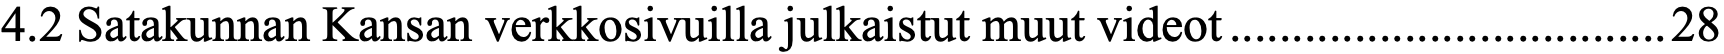
4.2 Satakunnan Kansan verkkosivuilla julkaistut muut videot...................................28